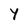
Character: Y